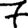
Digit: 7